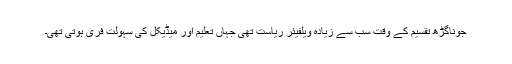
جوناگڑھ تقسیم کے وقت سب سے زیادہ ویلفیئر ریاست تھی جہاں تعلیم اور میڈیکل کی سہولت فری ہوتی تھی۔